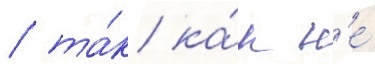
/ та́к ка́к н'е́